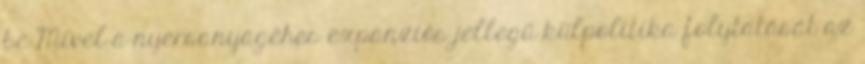
be Mivel a nyersanyagéhes expanziós jellegű külpolitika folytatását az